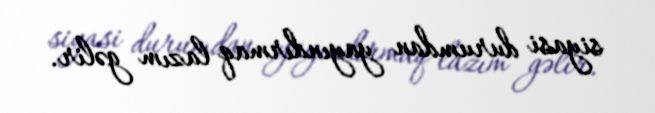
siyasi durumdan yayındırmaq lazım gəlir.